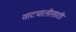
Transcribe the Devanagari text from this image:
वाटचालीसाठी